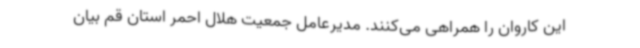
این کاروان را همراهی می‌کنند. مدیرعامل جمعیت هلال احمر استان قم بیان